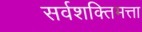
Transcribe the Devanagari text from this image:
सर्वशक्तिमत्ता